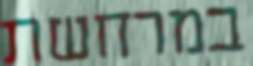
במרחשת